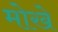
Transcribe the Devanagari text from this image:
मोखे